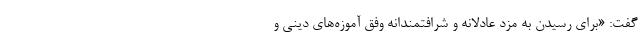
گفت: «برای رسیدن به مزد عادلانه و شرافتمندانه وفق آموزه‌های دینی و